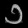
Digit: ၁